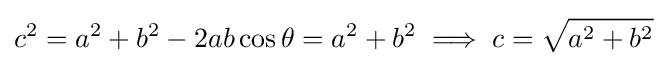
c^{2}=a^{2}+b^{2}-2ab\cos \theta =a^{2}+b^{2}\implies c={\sqrt {a^{2}+b^{2}}}